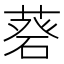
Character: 𦷦